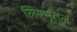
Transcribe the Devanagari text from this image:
लिएभूतल